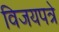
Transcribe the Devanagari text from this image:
विजयपत्रे